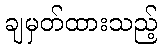
ချမှတ်ထားသည့်